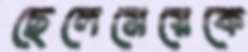
ছেলেমেয়েকে